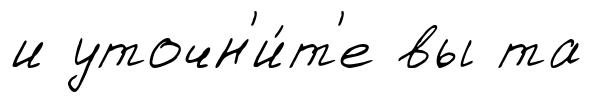
и уточн'и́т'е вы та